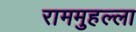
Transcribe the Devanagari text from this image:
राममुहल्ला